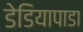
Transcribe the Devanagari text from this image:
डेडियापाडा